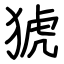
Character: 猇